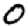
Digit: 0